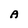
Character: A